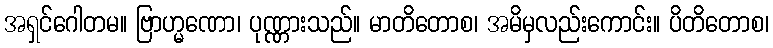
အရှင်ဂေါတမ။ ဗြာဟ္မဏော၊ ပုဏ္ဏားသည်။ မာတိတောစ၊ အမိမှလည်းကောင်း။ ပိတိတောစ၊